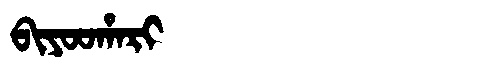
Manchu: ᠪᡳᠶᠣᠣᡥᠠᡵᡳ
Romanization: BIYOOHARI